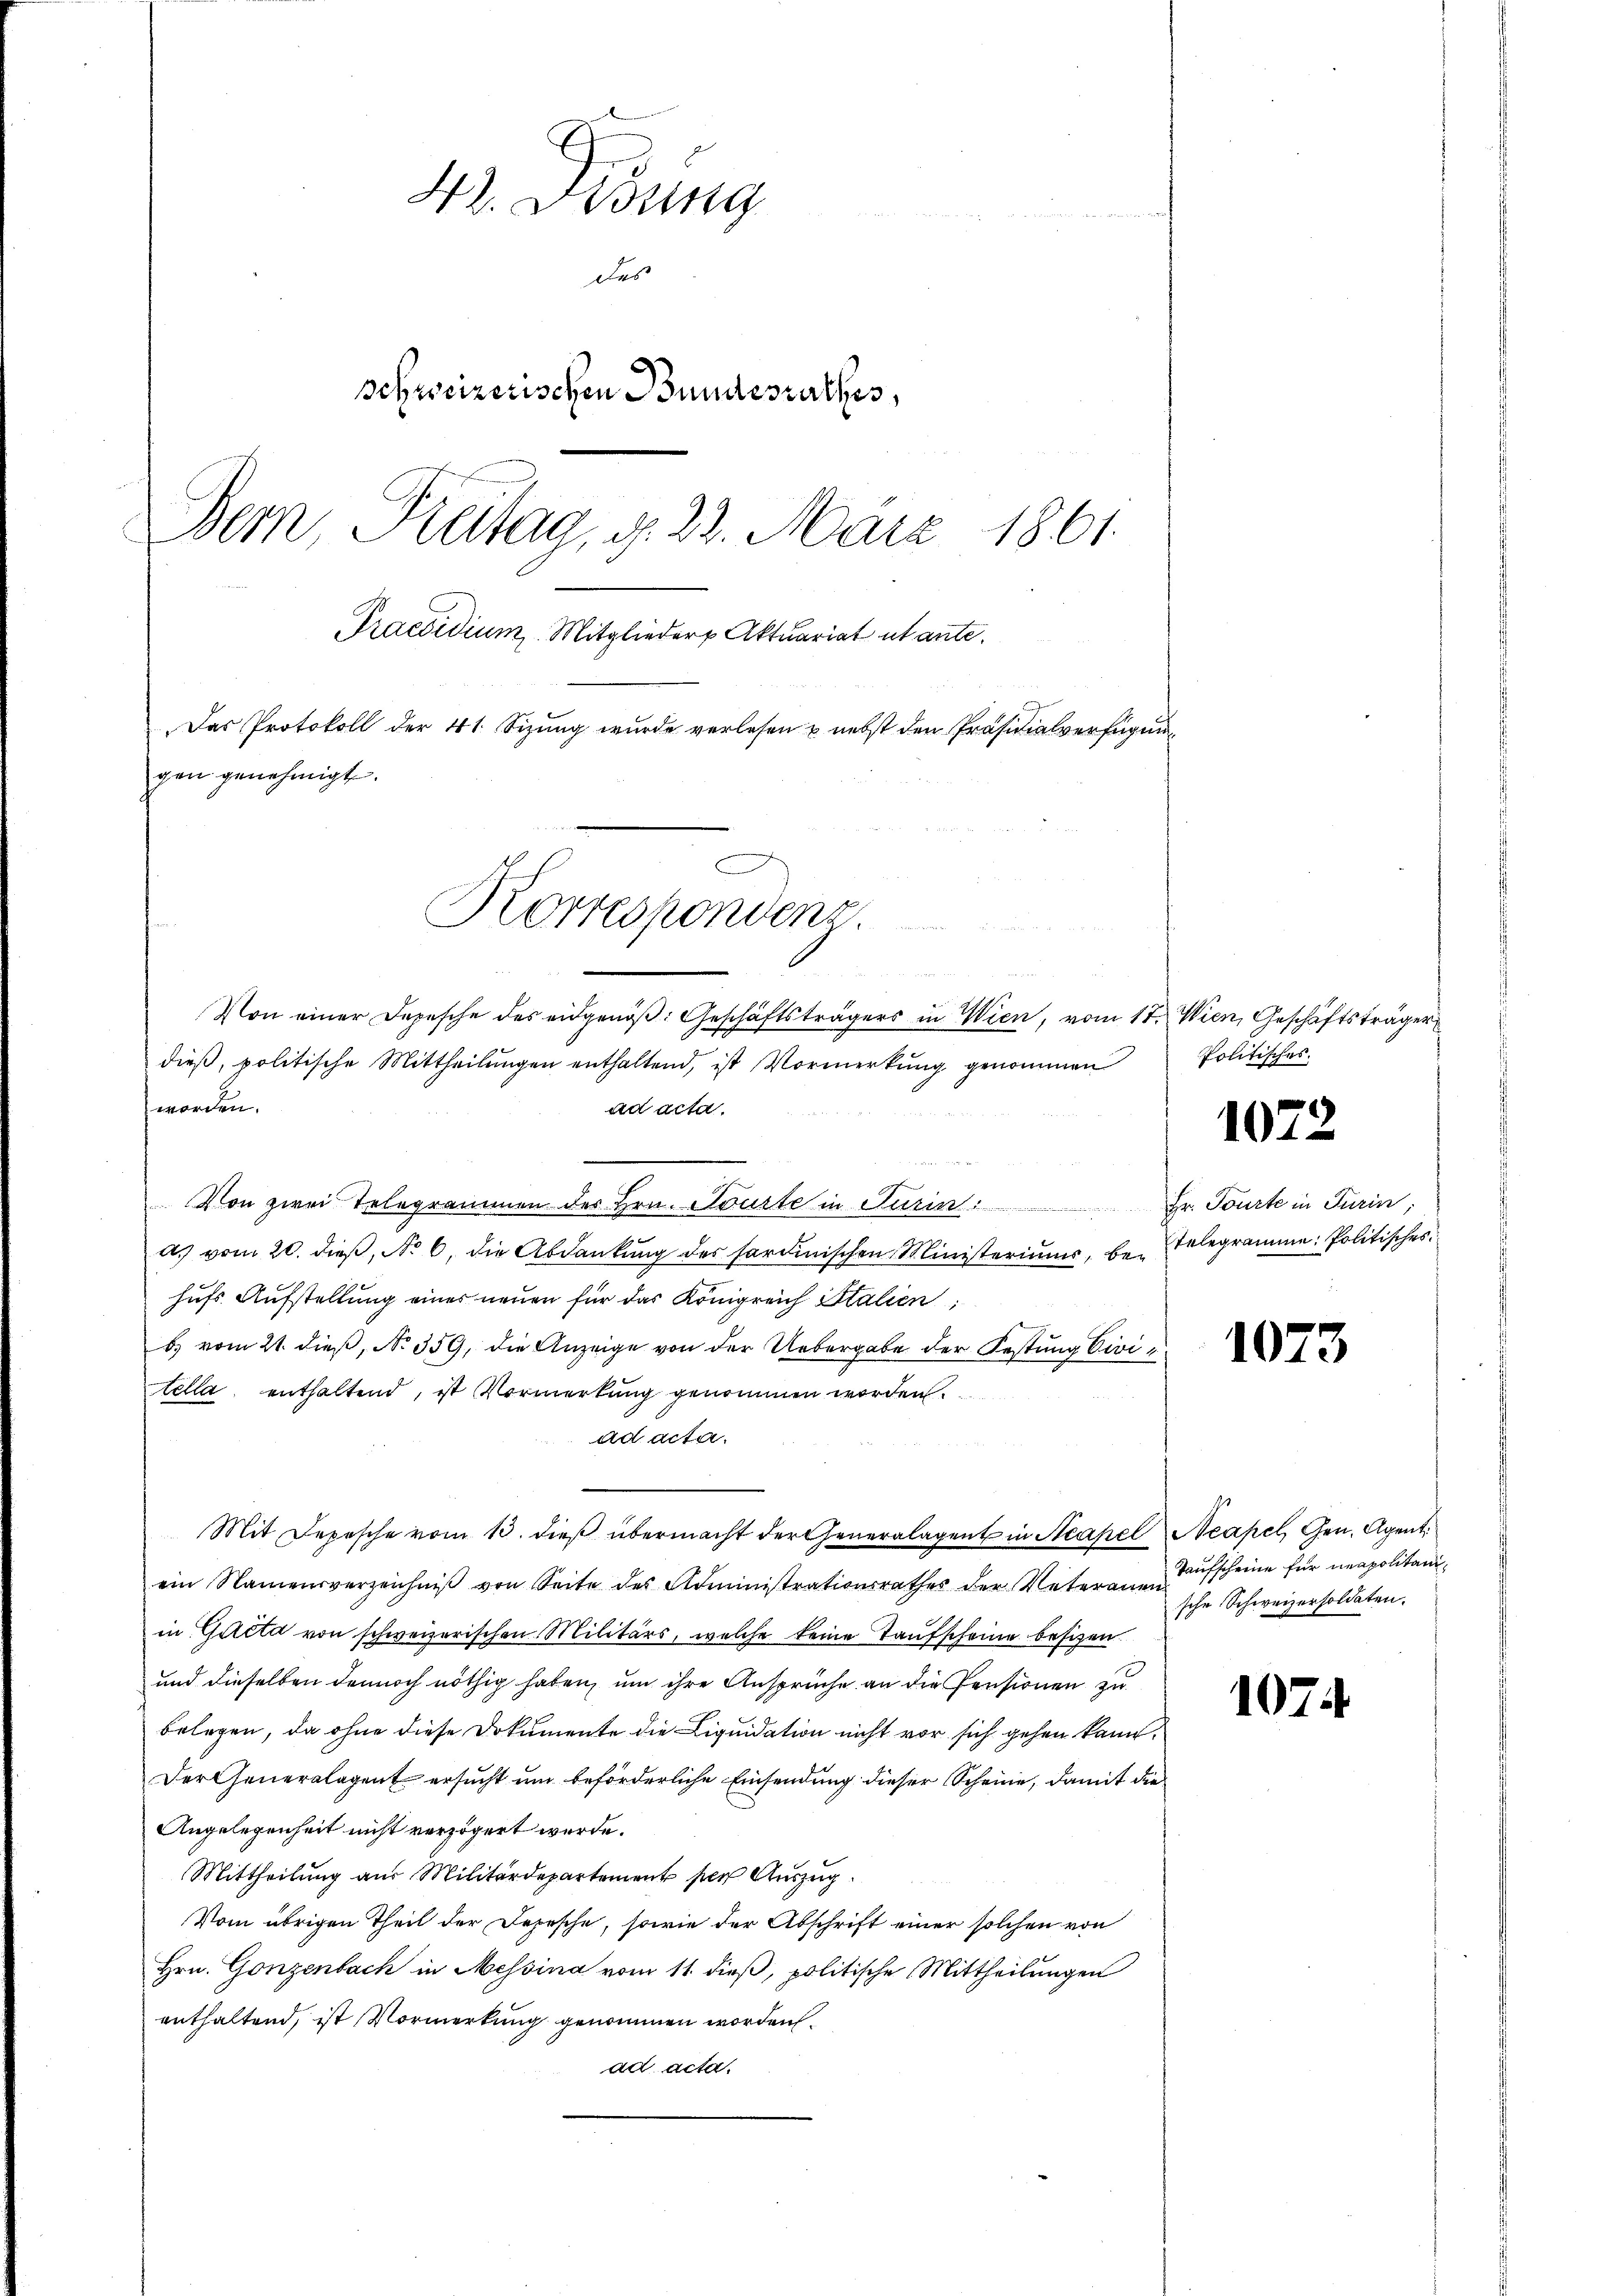
4. Disung
des
schweizerischen Bundesrathes,
Bern, Kreitag, d. 22. März 1861.
Praesidium. Mitglieder Aktuariat tante.
Das Protokoll der 41. Sizŭng wurde verlesen u. nebst den Präsidialverfügung
gen genehmigt.
Korrespondenz.

dieß, politische Mittheilungen enthaltend, ist Vormerkung genommen
worden.
ad acta.
Von zwei Telegrammen des Hrn. Tourte in Turin:
d. vom 20. dieβ, No 6. die Abdankŭng des fordinischen Ministeriums, be- Telegramme: Politisches
hufs Aufstellung eines neuen für das Königreich Italien,
b) vom 21. dieß, No 359, die Anzeige von der Uebergabe der Festung Civi
tella, enthaltend, ist Vormerkung genommen worden.
ad acta.
Mit Depesche vom 10. dieß übermacht der Generalagent in Neapel
ein Namensverzeichniβ von Seite des Administrationsrathes der Vateram Kaŭfscheine für neapolitani-
in Gatta von schweizerischen Militärs, welche keine Taufscheine besizen.
und dieselben dennoch nöthig haben, um ihre Ansprüche an die Pensionen zu
belegen, da ohne diese Dokumente die Liquidation nicht vor sich gehen kann.
Der Generalagent ersucht und beförderliche Einsendung dieser Scheine, damit die
Angelegenheit nicht verzögert werde.
Mittheilung aus Militärdepartement per Auszug.
Vom übrigen Theil der Depesche, sowie der Abschrift einer solchen von
Hrn. Gonzenbach in Messina vom 11. dieß, politische Mittheilungen
enthaltend, ist Vormerkung genommen worden.
ad acta.

Von einer Depesche des eidgenöß: Geschäftsträgers in Wien, vom 17. Wien, Geschäftsträger

Politisches.

1072

Hr. Tourte in Turin;

1073

Neapel, Gen. Agent.
sche Schweizersoldaten.

1074